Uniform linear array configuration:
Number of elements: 8
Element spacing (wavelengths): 0.25
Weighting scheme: blackman
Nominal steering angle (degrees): -30
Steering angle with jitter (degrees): -28.845
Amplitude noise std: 0.05
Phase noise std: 0.05

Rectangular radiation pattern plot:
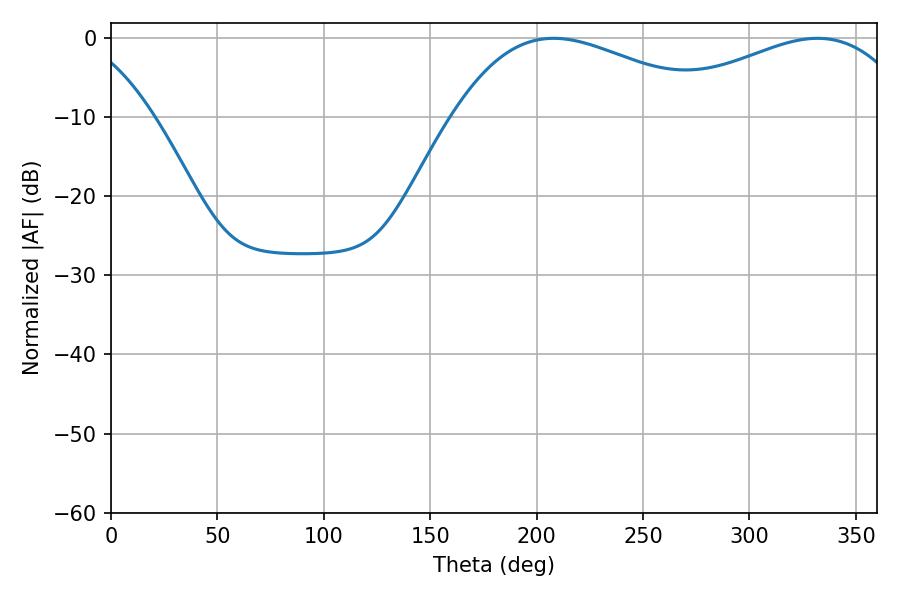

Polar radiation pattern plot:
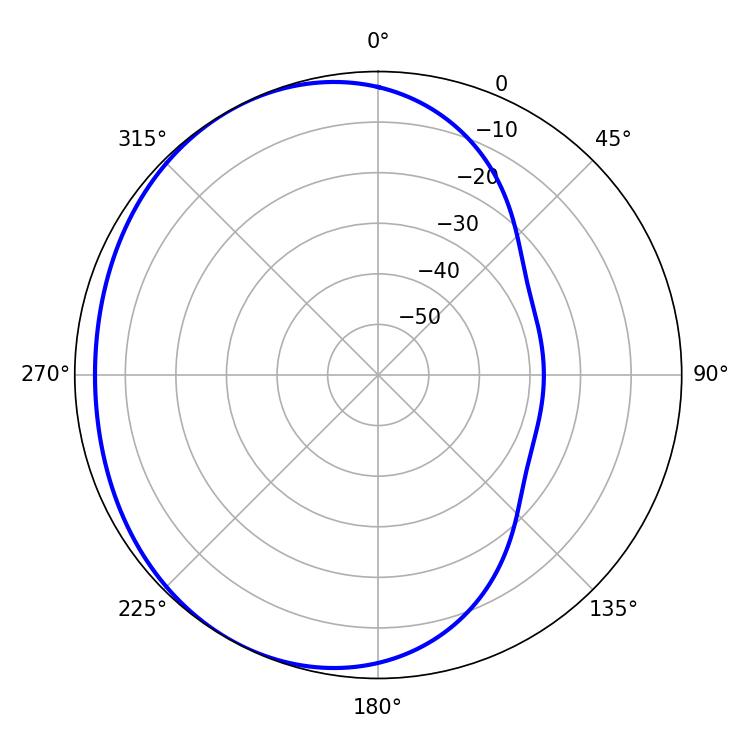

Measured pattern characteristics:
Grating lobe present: FALSE
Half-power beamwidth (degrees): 68.22
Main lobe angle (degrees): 207.9